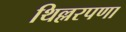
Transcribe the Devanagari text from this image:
थिल्लरपणा